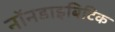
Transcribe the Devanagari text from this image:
नॉनडाइबिटिक